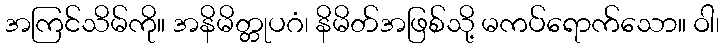
အကြင်သိမ်ကို။ အနိမိတ္တုပဂံ၊ နိမိတ်အဖြစ်သို့ မကပ်ရောက်သော။ ဝါ၊